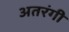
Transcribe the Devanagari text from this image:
अतरंगी